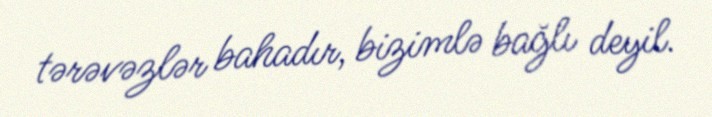
tərəvəzlər bahadır, bizimlə bağlı deyil.